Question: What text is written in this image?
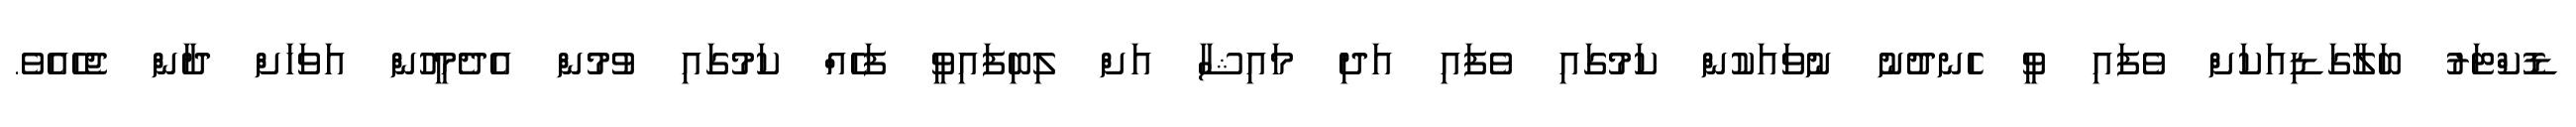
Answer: ޑޮކްޓަރު ބަލާގަޑިއަކަށް ވެފައި ވީ ހެނދުނު ނުވައަކުން ކަމުގައި ވެފައި އަދި މައިޝާ އަށް ލިބިފައިވީ ފަހެއް ކަމުގައި ވުމުން އެދެމީހުން އަވަހަށް ދާން ޖެހެއެވެ.